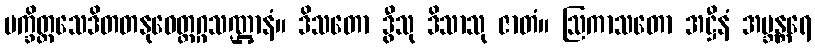
ပက္ခိတ္တသေဒိတတနုဝေတ္တဂ္ဂသဏ္ဌာနံ။ ဒိသတော ဒွီသု ဒိသာသု ဇာတံ။ ဩကာသတော အဋ္ဌီနံ အဗ္ဘန္တရေ